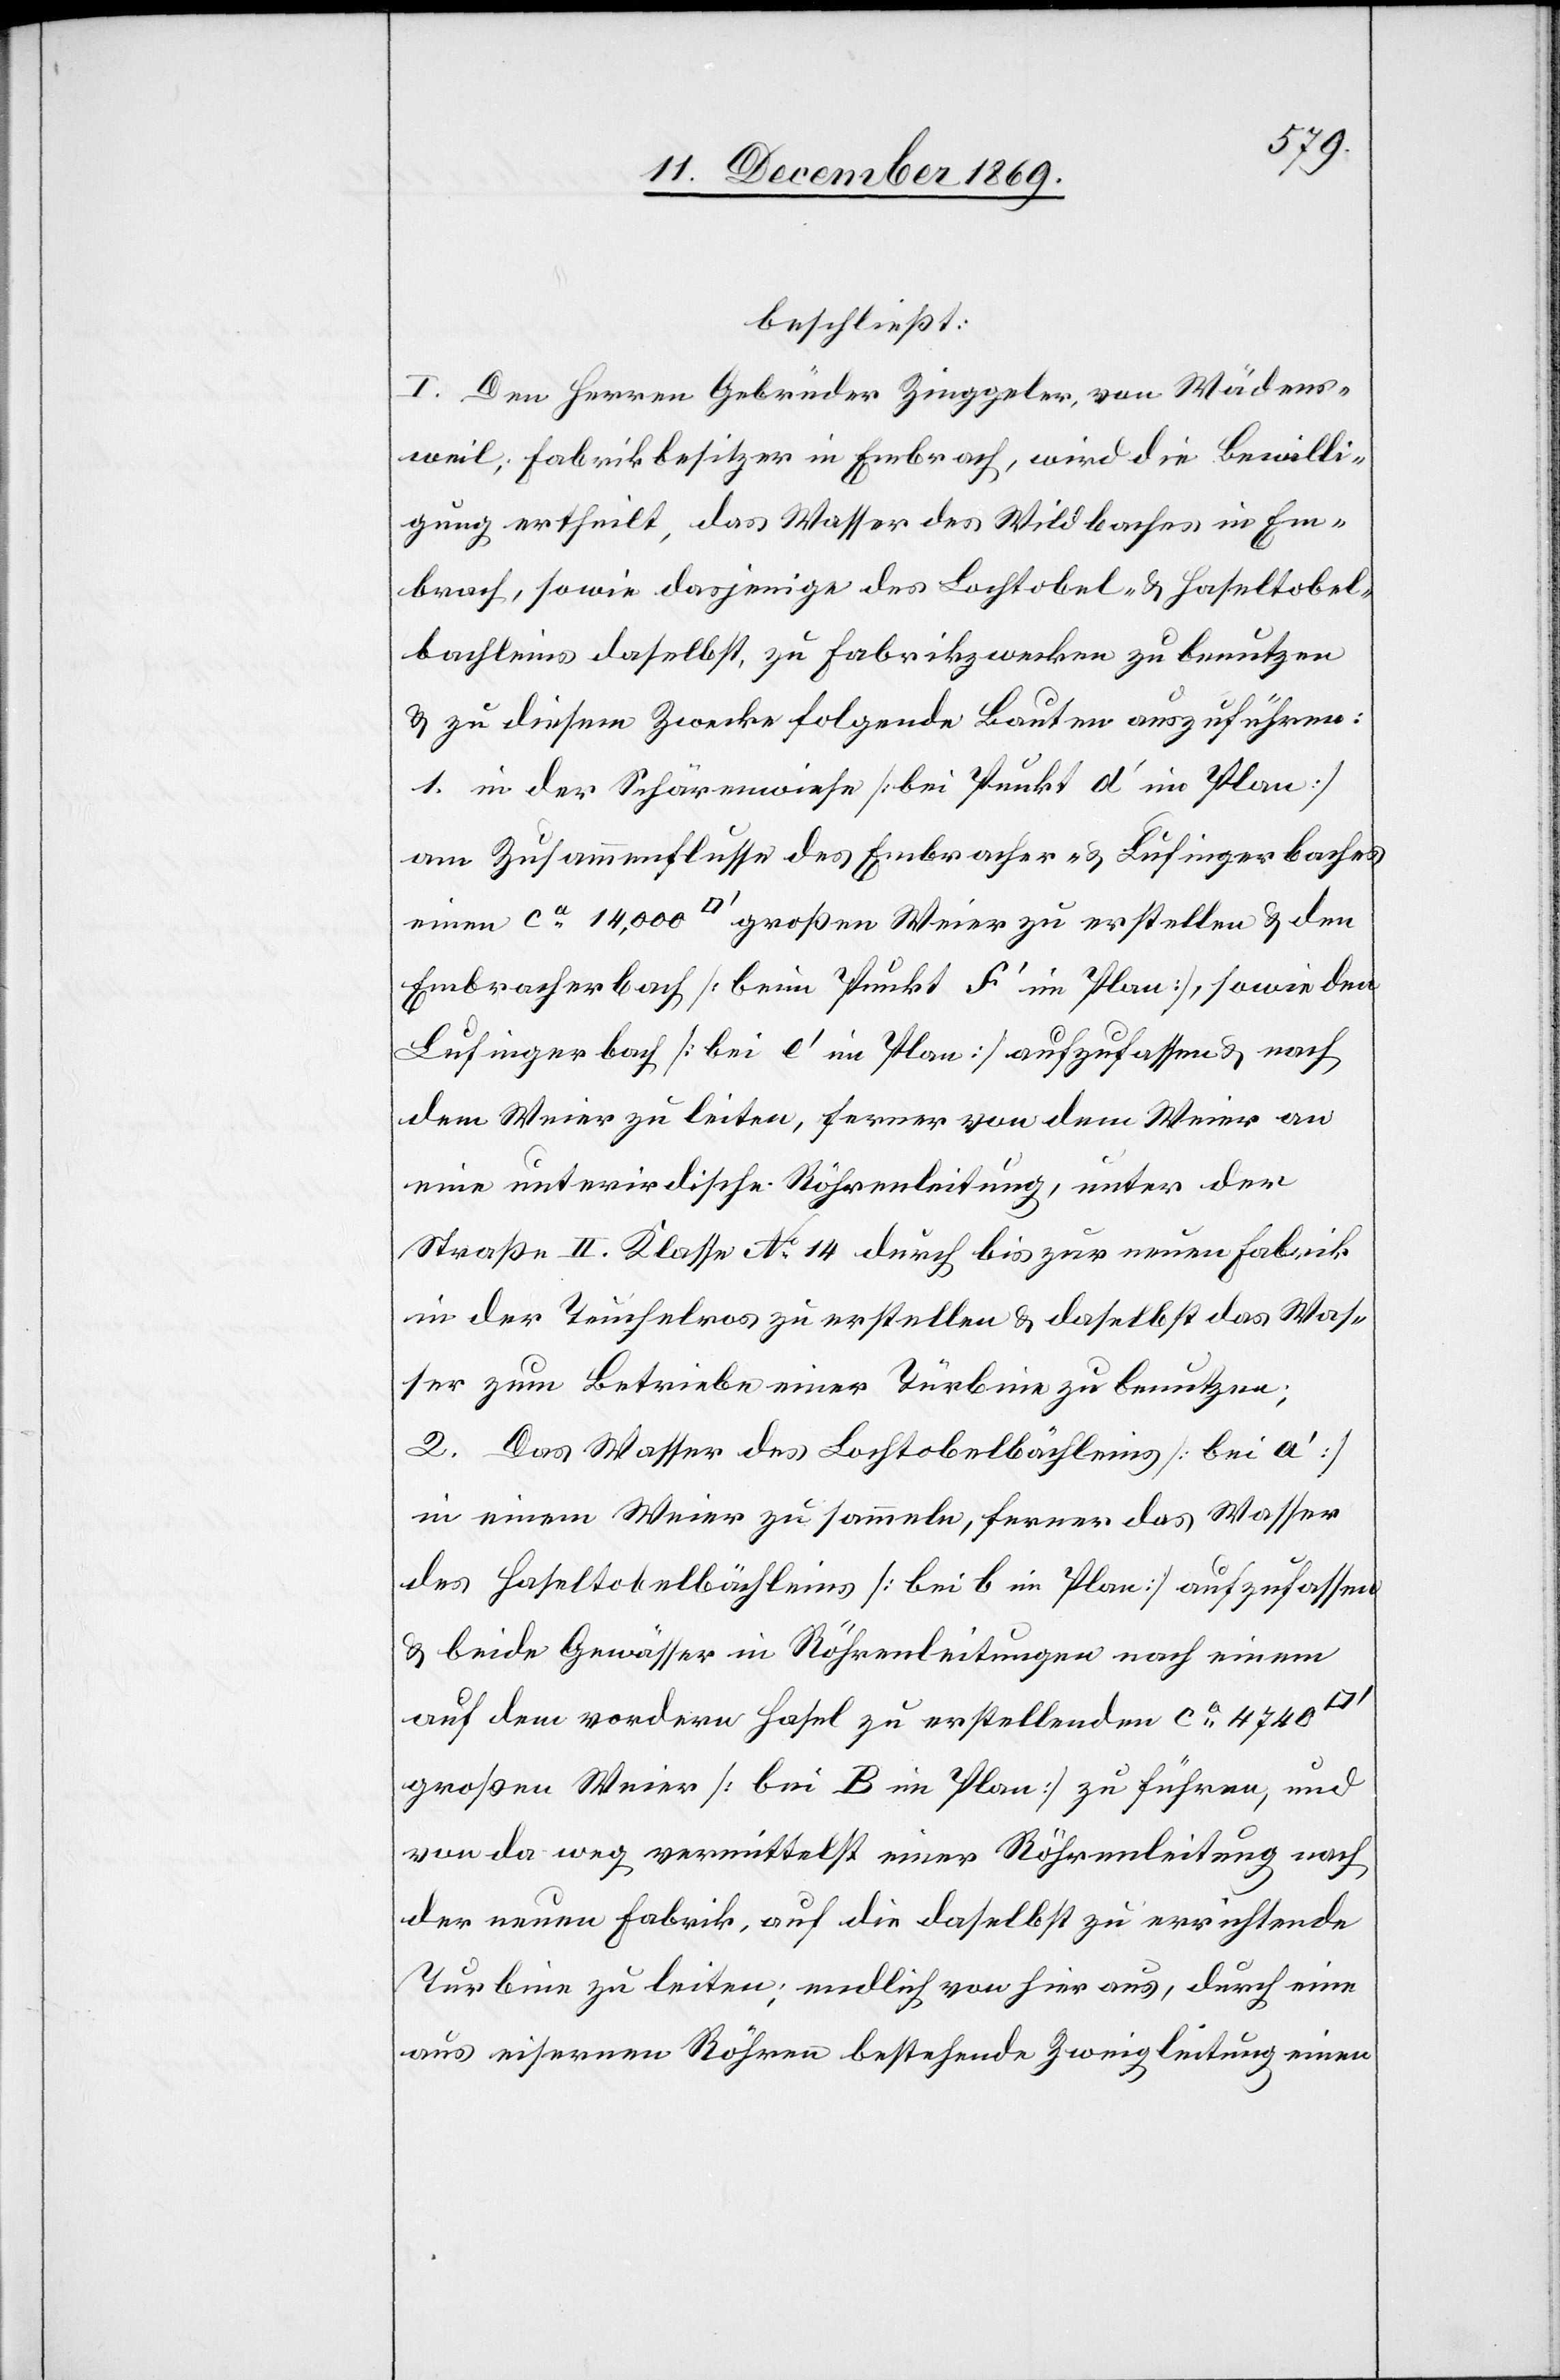
beschließt:
I. Den Herrn Gebrüder Zinggeler, von Wädens¬
weil, Fabrikbesitzer in Embrach, wird die Bewilli¬
gung ertheilt, das Wasser des Wildbaches in Em¬
brach, sowie dasjenige des Lochtobel- & Haseltobel¬
bachleins daselbst, zu Fabrikzwecken zu benutzen
& zu diesem Zwecke folgende Bauten auszuführen:
1. in der Schärenwiese [bei Punkt d‘ im Plan]
am Zusammenflusse des Embracher- & Lufingerbaches
einen ca 14,000 [Quadratfuß] großen Weier zu erstellen & den
Embracherbach [beim Punkt f‘ im Plan], sowie den
Lufingerbach [bei e‘ im Plan] aufzufassen & nach
dem Weier zu leiten, ferner von dem Weier an
eine unterirdische Röhrenleitung, unter der
Straße II. Klasse No 14 durch bis zur neuen Fabrik
in der Teuchelros zu erstellen & daselbst das Was¬
ser zum Betriebe einer Türbine zu benutzen;
2. Das Wasser des Lochtobelbächleins [bei a‘]
in einem Weier zu sammeln, ferner das Wasser
des Haseltobelbächleins [bei b im Plan] aufzufassen
& beide Gewässer in Röhrenleitungen nach einem
auf dem vordern Hasel zu erstellenden ca 4740
großen Weier [bei B im Plan] zu führen, und
von da weg vermittelst einer Röhrenleitung nach
der neuen Fabrik, auf die daselbst zu errichtende
Turbine zu leiten; endlich von hier aus, durch eine
aus eisernen Röhren bestehende Zweigleitung einen